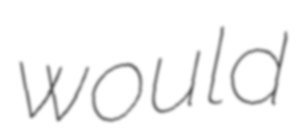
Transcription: would